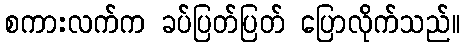
စကားလက်က ခပ်ပြတ်ပြတ် ပြောလိုက်သည်။